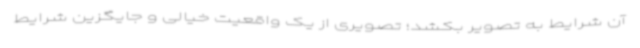
آن شرایط به تصویر بکشد؛ تصویری از یک واقعیت خیالی و جایگزین شرایط